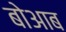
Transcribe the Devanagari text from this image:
बोआब